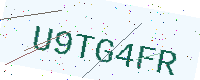
Text: U9TG4FR